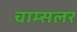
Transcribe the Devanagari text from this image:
चाम्सलर